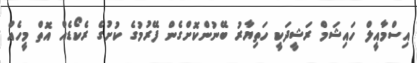
އިސްމާއީލް ހައިޝަމް ރަޝީދަކީ ހަތިޔާރު ބޭނުންކޮށްގެން ފޭރުމުގެ ކުށުގެ ރެކޯޑެއް އޮތް މީހެއް